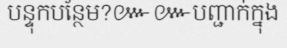
បន្ទុកបន្ថែម?៚៚បញ្ជាក់ក្នុង